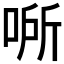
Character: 𰇵